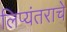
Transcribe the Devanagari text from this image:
लिप्यंतराचे